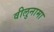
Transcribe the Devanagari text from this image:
वीलुनामा